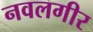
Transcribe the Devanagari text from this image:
नवलगीर